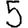
Digit: 5